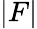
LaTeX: |F|